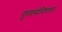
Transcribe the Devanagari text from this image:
पुरुषस्येन्द्रियाणाम्